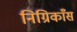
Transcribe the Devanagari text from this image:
निग्रिकाँस